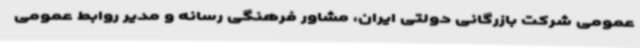
عمومی شرکت بازرگانی دولتی ایران، مشاور فرهنگی رسانه و مدیر روابط عمومی